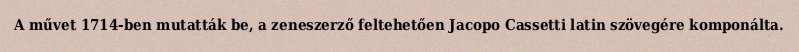
A művet 1714-ben mutatták be, a zeneszerző feltehetően Jacopo Cassetti latin szövegére komponálta.